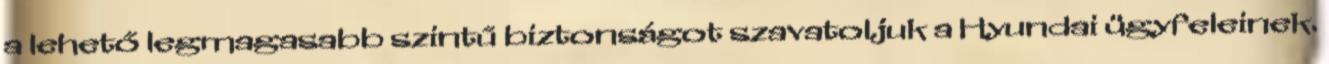
a lehető legmagasabb szintű biztonságot szavatoljuk a Hyundai ügyfeleinek.